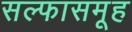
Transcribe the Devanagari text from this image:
सल्फासमूह